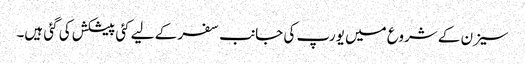
سیزن کے شروع میں یورپ کی جانب سفر کے لیے کئی پیشکش کی گئی ہیں۔